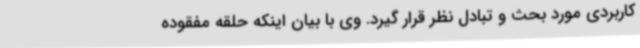
کاربردی مورد بحث و تبادل نظر قرار گیرد. وی با بیان اینکه حلقه مفقوده